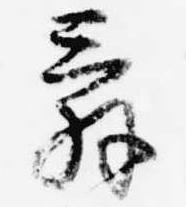
辞